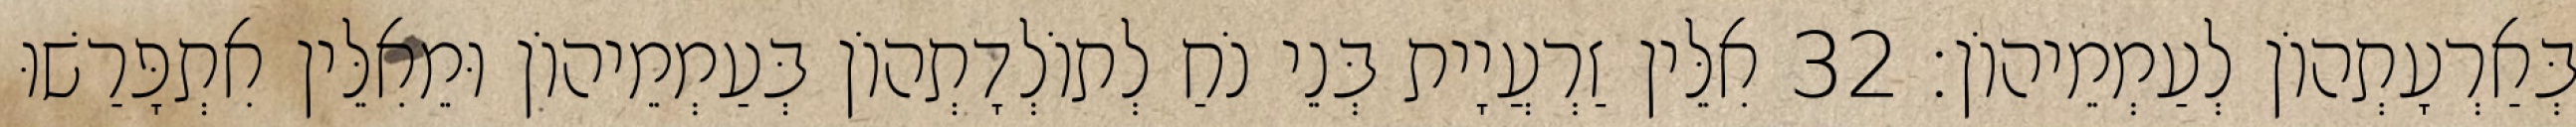
בְּאַרְעָתְהוֹן לְעַמְמֵיהוֹן׃ 32 אִלֵּין זַרְעֲיָית בְּנֵי נֹחַ לְתוֹלְדָתְהוֹן בְּעַמְמֵיהוֹן וּמֵאִלֵּין אִתְפָּרַשׁוּ